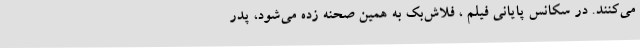
می‌کنند. در سکانس پایانی فیلم ، فلاش‌بک به همین صحنه زده می‌شود، پدر